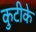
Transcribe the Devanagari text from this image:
कुटीके